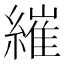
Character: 繀